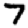
Digit: 7